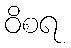
ဝိစရ